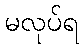
မလုပ်ရ